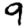
Digit: 9